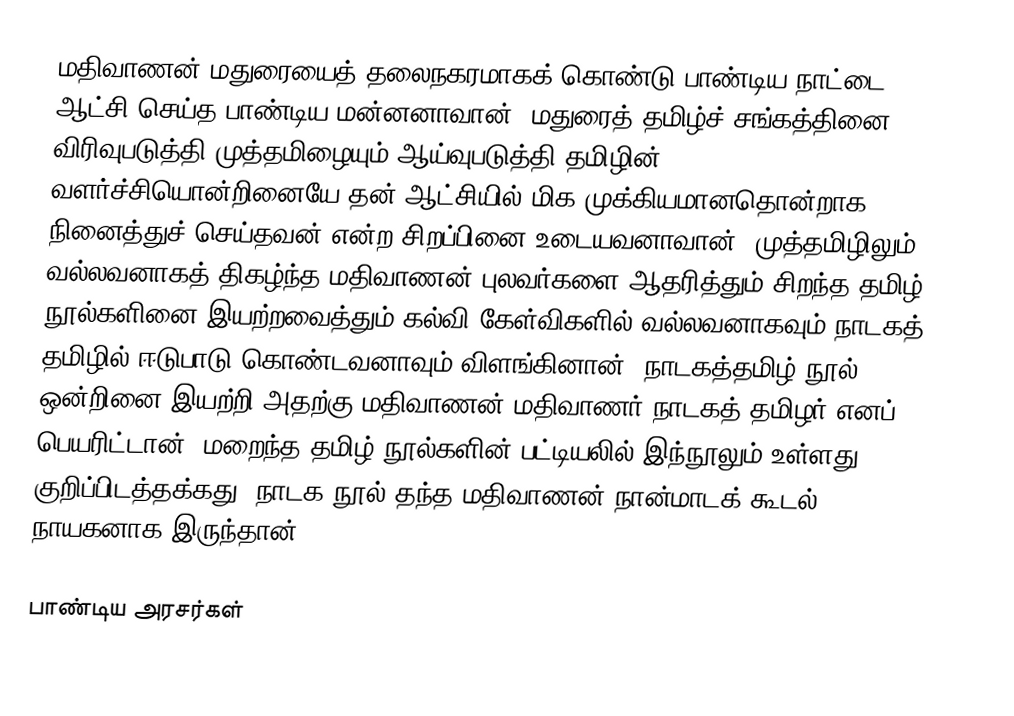
மதிவாணன் மதுரையைத் தலைநகரமாகக் கொண்டு பாண்டிய நாட்டை ஆட்சி செய்த பாண்டிய மன்னனாவான். மதுரைத் தமிழ்ச் சங்கத்தினை விரிவுபடுத்தி முத்தமிழையும் ஆய்வுபடுத்தி தமிழின் வளர்ச்சியொன்றினையே தன் ஆட்சியில் மிக முக்கியமானதொன்றாக நினைத்துச் செய்தவன் என்ற சிறப்பினை உடையவனாவான். முத்தமிழிலும் வல்லவனாகத் திகழ்ந்த மதிவாணன் புலவர்களை ஆதரித்தும் சிறந்த தமிழ் நூல்களினை இயற்றவைத்தும் கல்வி,கேள்விகளில் வல்லவனாகவும் நாடகத் தமிழில் ஈடுபாடு கொண்டவனாவும் விளங்கினான். நாடகத்தமிழ் நூல் ஒன்றினை இயற்றி அதற்கு மதிவாணன் மதிவாணர் நாடகத் தமிழர் எனப் பெயரிட்டான். மறைந்த தமிழ் நூல்களின் பட்டியலில் இந்நூலும் உள்ளது குறிப்பிடத்தக்கது. நாடக நூல் தந்த மதிவாணன் நான்மாடக் கூடல் நாயகனாக இருந்தான்.

பாண்டிய அரசர்கள்